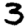
Digit: 3